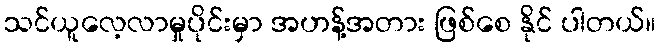
သင်ယူလေ့လာမှုပိုင်းမှာ အဟန့်အတား ဖြစ်စေ နိုင် ပါတယ်။